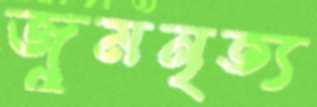
জুমনৃত্য